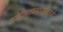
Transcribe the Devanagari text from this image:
ज्योतिषशास्त्राप्रमाणे